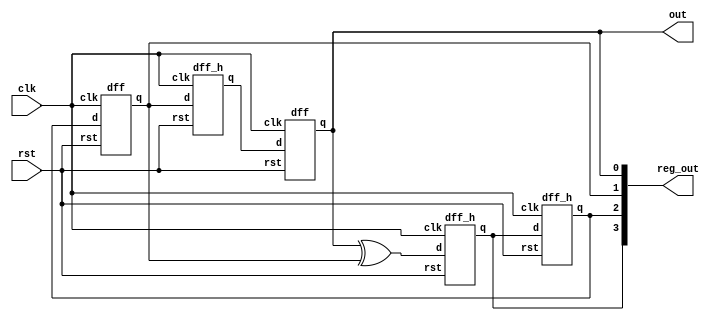
//----------------------------------------------------------------------------
// lfsr.v
// ---------------------------------------------------------------------------


////////////////// LFSR ///////////////////
//SEED 4'b1000
module lfsr(reg_out, out, clk, rst);
output reg [3:0] reg_out;
output reg out;
input clk, rst; 
reg [3:0] temp;
wire din0, din1, din2, din3, din4, feed;

dff_h D0(.q(din1), .d(din0), .clk(clk), .rst(rst));
dff_h D1(.q(din2), .d(din1), .clk(clk), .rst(rst));
dff   D2(.q(din3), .d(din2), .clk(clk), .rst(rst));
dff_h D3(.q(din4), .d(din3), .clk(clk), .rst(rst));
dff   D4(.q(feed), .d(din4), .clk(clk), .rst(rst));

xor xor1(din0, feed, din3);

always @(din1 or din2 or din3 or feed)
begin
   reg_out <= {din1,  din2, din3, feed};
end

always @(feed)
   out <= feed;
endmodule
////////////////////////////////////////////

/////////////// D Flip Flop1 ///////////////
module dff_h(q, d, clk, rst);
output reg q;
input d;
input clk, rst;

always @(posedge clk or negedge rst)
begin
   if(~rst) q<= 1'b1;		// To avoid 4'b000 as seed
   else     q <= d;
end
endmodule
///////////////////////////////////////////

/////////////// D Flip Flop2 ///////////////
module dff(q, d, clk, rst);
output reg q;
input d;
input clk, rst;

always @(posedge clk or negedge rst)
begin
   if(~rst) q<= 1'b0;
   else     q <= d;
end
endmodule
///////////////////////////////////////////